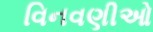
વિનવણીઓ